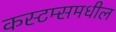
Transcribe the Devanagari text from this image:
कस्टम्समधील